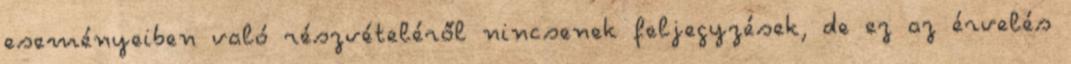
eseményeiben való részvételéről nincsenek feljegyzések, de ez az érvelés